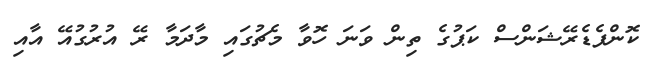
ކޮންފެޑެރޭޝަންސް ކަޕުގެ ތިން ވަނަ ހޮވާ މެޗުގައި މާދަމާ ރޭ އުރުގުއޭ އާއި